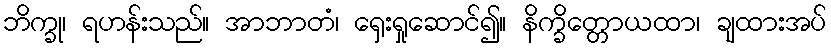
ဘိက္ခု၊ ရဟန်းသည်။ အာဘာတံ၊ ရှေးရှုဆောင်၍။ နိက္ခိတ္တောယထာ၊ ချထားအပ်